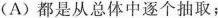
(A)都是从总体中逐个抽取；